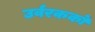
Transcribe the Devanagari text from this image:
उर्वरककों